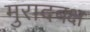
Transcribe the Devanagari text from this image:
मुरादबक्ष